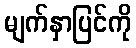
မျက်နှာပြင်ကို